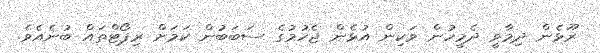
ރޫޅެން ދިމާވީ ދެމީހުން ވަކިން އުޅެން ޖެހުމުގެ ސަބަބުން ކަމަށް ރިޕޯޓްތައް ބުނެއެވެ.